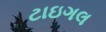
ટાઇગલ